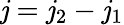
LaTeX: \mathit{j}=\mathit{j}_{2}-\mathit{j}_{1}